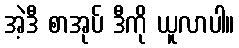
အဲ့ဒီ စာအုပ် ဒီကို ယူလာပါ။